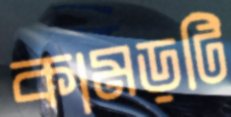
কামড়টি